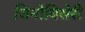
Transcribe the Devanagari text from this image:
चिनोयिसेरी